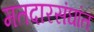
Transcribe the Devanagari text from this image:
मतदारसंघांत